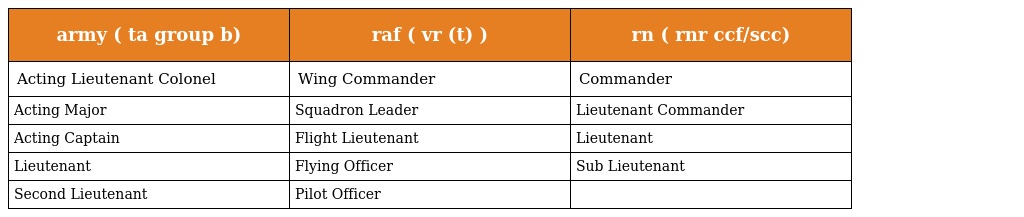
| army ( ta group b) | raf ( vr (t) ) | rn ( rnr ccf/scc) |
 | --- | --- | --- |
 | Acting Lieutenant Colonel | Wing Commander | Commander |
 | Acting Major | Squadron Leader | Lieutenant Commander |
 | Acting Captain | Flight Lieutenant | Lieutenant |
 | Lieutenant | Flying Officer | Sub Lieutenant |
 | Second Lieutenant | Pilot Officer |  |